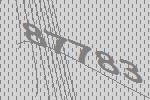
87783